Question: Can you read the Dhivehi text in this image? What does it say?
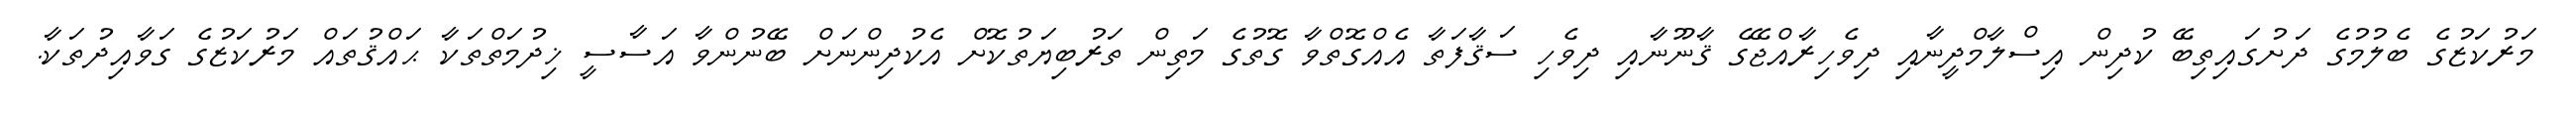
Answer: މަރުކަޒުގެ ބެލުމުގެ ދަށުގައިތިބޭ ކުދިން އިސްލާމްދީނާއި ދިވެހިރާއްޖޭގެ ޤާނޫނާއި ދިވެހި ސަޤާފަތާ އެއްގޮތްވާ ގޮތުގެ މަތިން ތަރުބިޔަތުކޮށް އެކުދިންނަށް ބޭނުންވާ އަސާސީ ޚިދުމަތްތަކާ ޙައްޤުތައް މަރުކަޒުގެ ގަވާއިދުތަކާ.